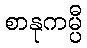
စာနုကမ္ပီ